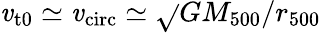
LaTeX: \mathit{v}_{\mathrm{{t0}}}\simeq\mathit{v}_{\mathrm{{circ}}}\simeq\sqrt{}{{GM_{500}/r_{500}}}